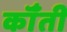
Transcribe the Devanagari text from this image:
कॉँती